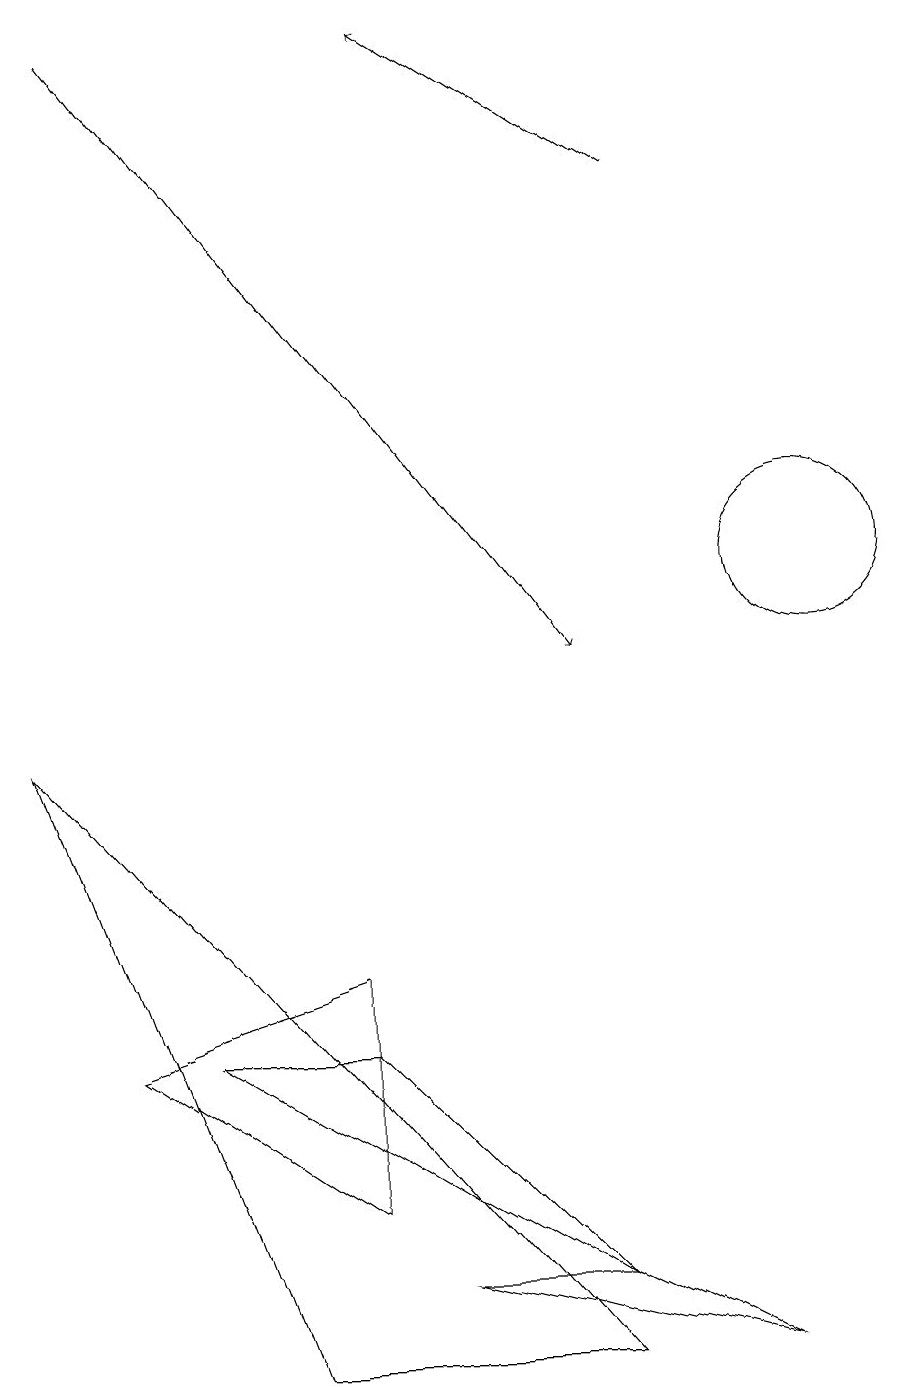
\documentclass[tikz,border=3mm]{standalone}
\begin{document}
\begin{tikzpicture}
\draw (1,5) -- (4,3) -- (4,6) -- cycle;
\draw (2,5) -- (7,2) -- (4,5) -- cycle;
\draw[->] (8,16) -- (5,18);
\draw (8,15) rectangle (8,15);
\draw (0,9) -- (7,1) -- (3,1) -- cycle;
\draw (10,11) circle (1);
\draw (7,2) -- (9,1) -- (5,2) -- cycle;
\draw[->] (1,18) -- (7,10);
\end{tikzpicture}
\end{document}